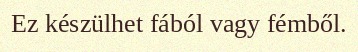
Ez készülhet fából vagy fémből.